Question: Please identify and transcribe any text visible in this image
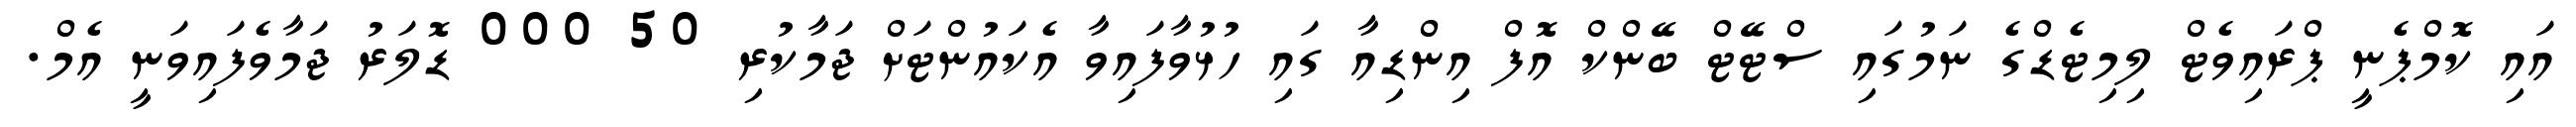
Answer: އައި ކޮމްޕެނީ ޕްރައިވެޓް ލިމިޓެޑްގެ ނަމުގައި ސްޓޭޓް ބޭންކް އޮފް އިންޑިއާ ގައި ހުޅުވާފައިވާ އެކައުންޓަށް ޖަމާކުރި 50 000 ޑޮލަރު ޖަމާވެފައިވަނީ އެމް.